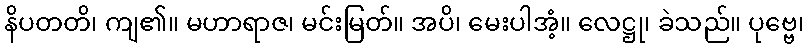
နိပတတိ၊ ကျ၏။ မဟာရာဇ၊ မင်းမြတ်။ အပိ၊ မေးပါအံ့။ လေဋ္ဌု၊ ခဲသည်။ ပုဗ္ဗေ၊